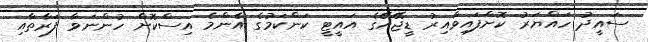
ސައީދު ހައްޔަރު ކޮށްފައިވާއިރު ޑީޖޭއޭގެ އައީޓީ ކަންކަމުގެ އެންމެ އިސްކޮށް ހުންނަވާ ފަރާތާއި